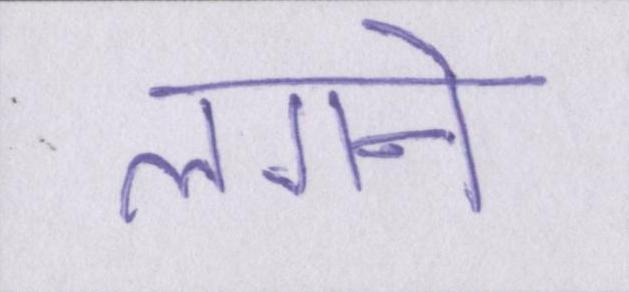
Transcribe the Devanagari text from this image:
लगने